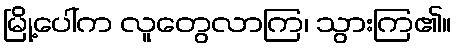
မြို့ပေါ်က လူတွေလာကြ၊ သွားကြ၏။